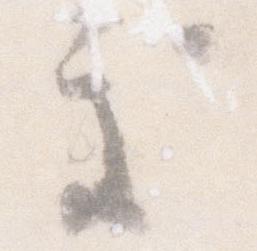
処